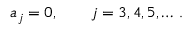
a _ { j } = 0 , \qquad j = 3 , 4 , 5 , \dots \, { . }